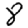
Digit: 8